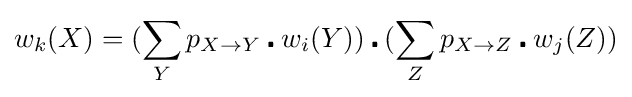
w_{k}(X)=(\sum _{Y}p_{X\rightarrow Y}\centerdot w_{i}(Y))\centerdot (\sum _{Z}p_{X\rightarrow Z}\centerdot w_{j}(Z))